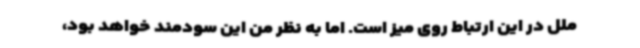
ملل در این ارتباط روی میز است. اما به نظر من این سودمند خواهد بود،